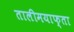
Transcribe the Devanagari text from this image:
तालीमयाफ्ता